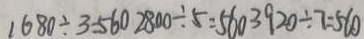
1 6 8 0 \div 3 = 5 6 0 2 8 0 0 \div 5 = 5 6 0 3 9 2 0 \div 7 = 5 6 0